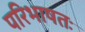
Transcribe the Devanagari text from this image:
परिभाषतः